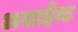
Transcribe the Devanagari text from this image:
असाईन्ड